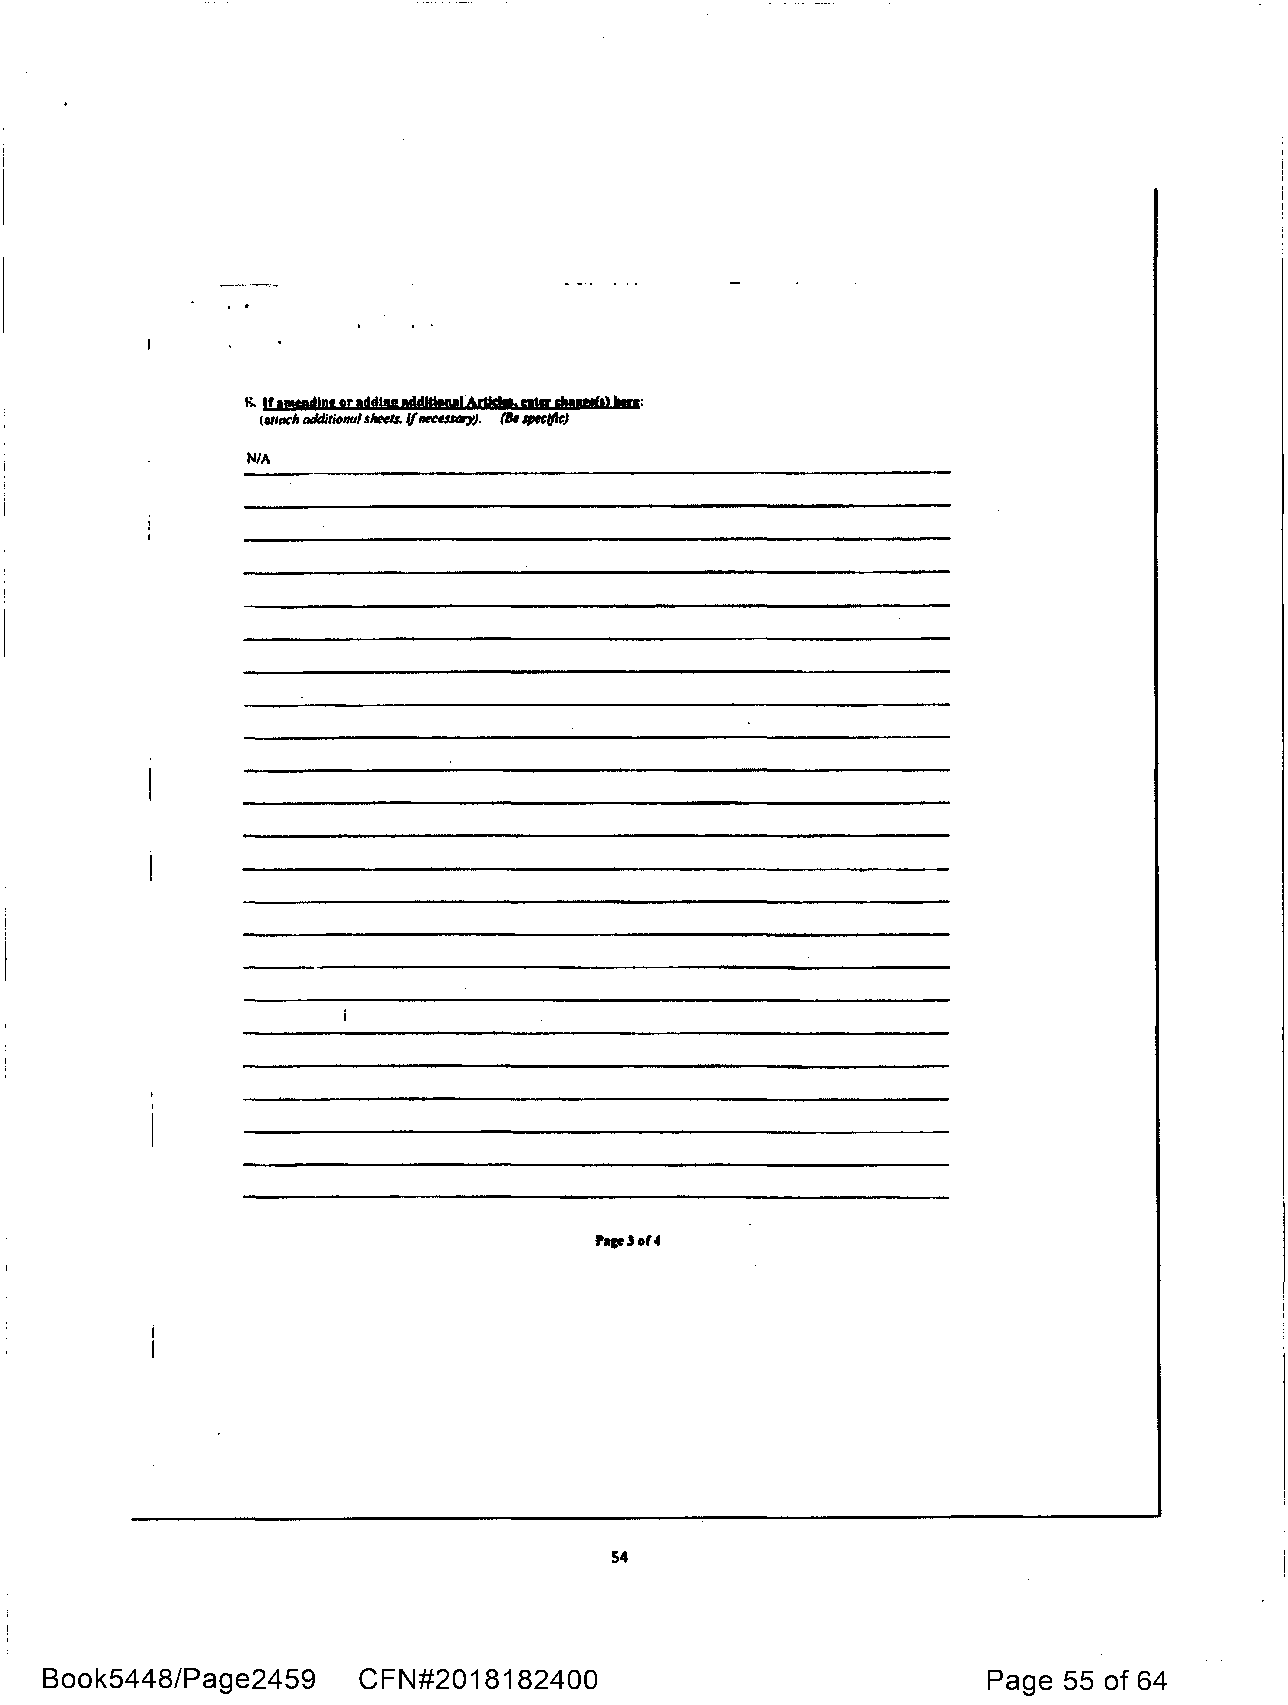
m,r....,., '"":
 R Ifemedlnl PT lddtM edflldpyl.A,rlfsle,
 1111«1, additional J/wl1. If_,_,-J. (a. IIM/lle)
 1\1/A
 ,-..so,..
 54
 Book5448/Page2459    CFN#2018182400                           Page 55 of 64